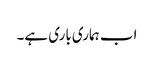
اب ہماری باری ہے۔